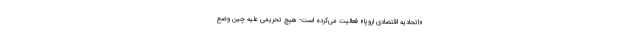
«اتحادیه اقتصادی اروپا» فعالیت می‌کرده است- هیچ تحریمی علیه چین وضع